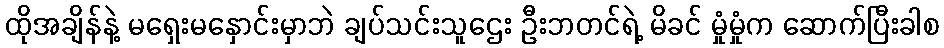
ထိုအချိန်နဲ့ မရှေးမနှောင်းမှာဘဲ ချပ်သင်းသူဌေး ဦးဘတင်ရဲ့ မိခင် မှုံမှုံက ဆောက်ပြီးခါစ